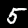
Label: 5